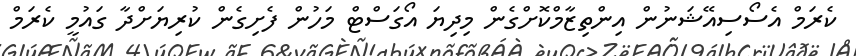
ކެރަމް އެސޯސިއޭޝަނުން އިންތިޒާމްކޮށްގެން މިދިޔަ އޯގަސްޓް މަހުން ފެށިގެން ކުރިޔަށްދާ ގައުމީ ކެރަމް